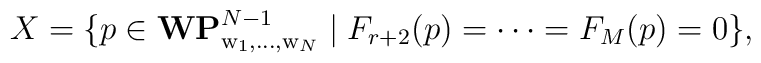
X=\{ p\in {\bf WP}^{N-1}_{{\rm w}_1,\ldots,{\rm w}_N}\mid F_{r+2}(p)=\cdots=F_{M}(p)=0\},